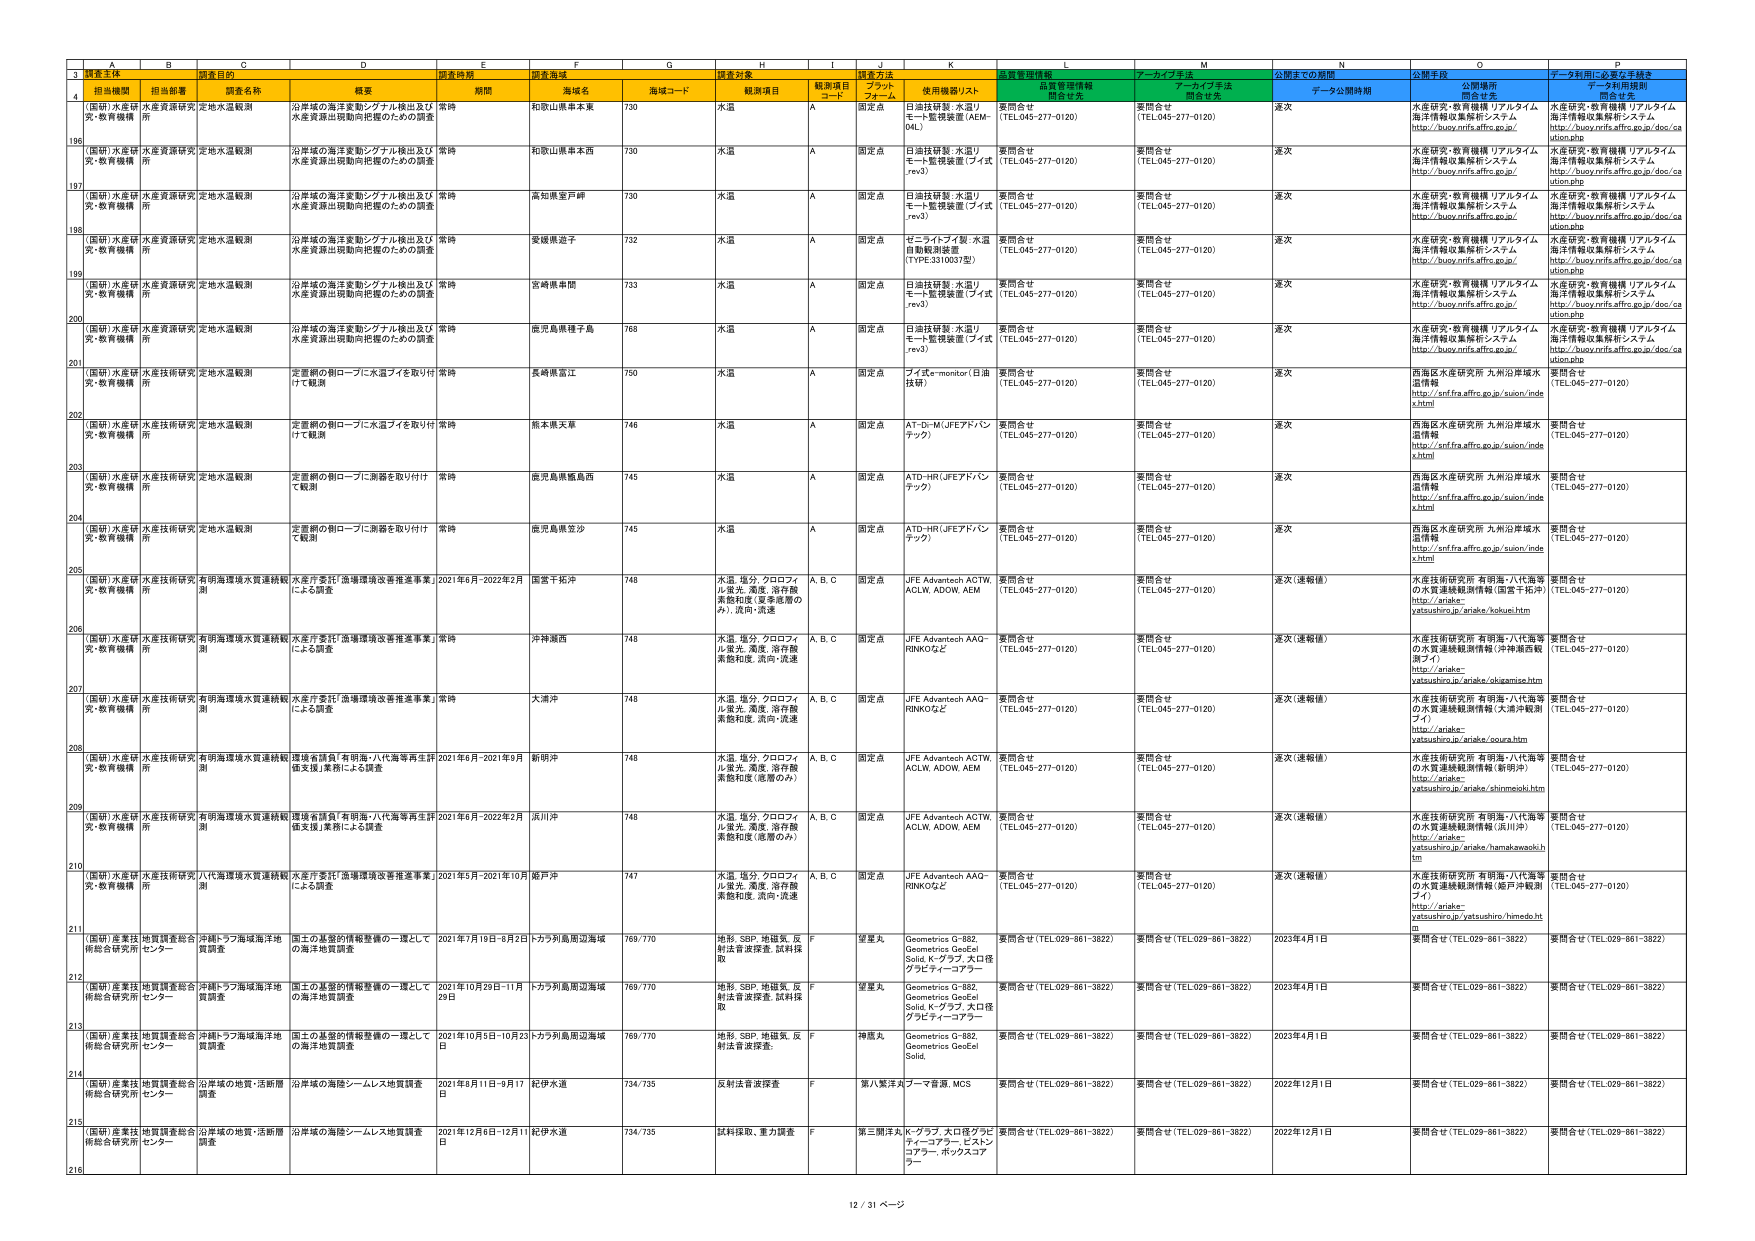
3 調査主体 調査目的 調査時期 調査海域 調査対象 質量管理情報 アーカイブ手法 公開までの期間 公開手段 データ利用に必要な手続き
4 担当機関 担当部署 調査名称 概要 期間 海域名 海域コード 観測項目 観測項目 コード 調査方法 プラット フォーム 使用機器リスト 品質管理情報 関係官庁 アーカイブ手法 関係官庁 データ公開期間 公開場所 関係官庁 データ利用規則 関係官庁
196 （国研）水産研 究・教育機構 水産資源研究 所 定地水温観測 沿岸域の海洋変動シグナル検出及び 水産資源出現動向把握のための調査 常時 和歌山県串本東 730 水温 A 固定点 日油技研製：水温リ モート監視装置（AEM- 04L） 要問合せ （TEL:045-277-0120） 要問合せ （TEL:045-277-0120） 遅次 水産研究・教育機構 リアルタイム 海洋情報収集解析システム http://buoy.rnifs.affrc.go.jp/ 水産研究・教育機構 リアルタイム 海洋情報収集解析システム http://buoy.rnifs.affrc.go.jp/doc/ca ution.php
197 （国研）水産研 究・教育機構 水産資源研究 所 定地水温観測 沿岸域の海洋変動シグナル検出及び 水産資源出現動向把握のための調査 常時 和歌山県串本西 730 水温 A 固定点 日油技研製：水温リ モート監視装置（アイズ.rev3） 要問合せ （TEL:045-277-0120） 要問合せ （TEL:045-277-0120） 遅次 水産研究・教育機構 リアルタイム 海洋情報収集解析システム http://buoy.rnifs.affrc.go.jp/ 水産研究・教育機構 リアルタイム 海洋情報収集解析システム http://buoy.rnifs.affrc.go.jp/doc/ca ution.php
198 （国研）水産研 究・教育機構 水産資源研究 所 定地水温観測 沿岸域の海洋変動シグナル検出及び 水産資源出現動向把握のための調査 常時 高知県室戸岬 730 水温 A 固定点 日油技研製：水温リ モート監視装置（アイズ.rev3） 要問合せ （TEL:045-277-0120） 要問合せ （TEL:045-277-0120） 遅次 水産研究・教育機構 リアルタイム 海洋情報収集解析システム http://buoy.rnifs.affrc.go.jp/ 水産研究・教育機構 リアルタイム 海洋情報収集解析システム http://buoy.rnifs.affrc.go.jp/doc/ca ution.php
199 （国研）水産研 究・教育機構 水産資源研究 所 定地水温観測 沿岸域の海洋変動シグナル検出及び 水産資源出現動向把握のための調査 常時 愛媛県道予 732 水温 A 固定点 セコ・ライブア製：水温 自動観測装置 （TYPE.3310037型） 要問合せ （TEL:045-277-0120） 要問合せ （TEL:045-277-0120） 遅次 水産研究・教育機構 リアルタイム 海洋情報収集解析システム http://buoy.rnifs.affrc.go.jp/ 水産研究・教育機構 リアルタイム 海洋情報収集解析システム http://buoy.rnifs.affrc.go.jp/doc/ca ution.php
200 （国研）水産研 究・教育機構 水産資源研究 所 定地水温観測 沿岸域の海洋変動シグナル検出及び 水産資源出現動向把握のための調査 常時 宮崎県串間 733 水温 A 固定点 日油技研製：水温リ モート監視装置（アイズ.rev3） 要問合せ （TEL:045-277-0120） 要問合せ （TEL:045-277-0120） 遅次 水産研究・教育機構 リアルタイム 海洋情報収集解析システム http://buoy.rnifs.affrc.go.jp/ 水産研究・教育機構 リアルタイム 海洋情報収集解析システム http://buoy.rnifs.affrc.go.jp/doc/ca ution.php
201 （国研）水産研 究・教育機構 水産資源研究 所 定地水温観測 沿岸域の海洋変動シグナル検出及び 水産資源出現動向把握のための調査 常時 鹿児島県種子島 768 水温 A 固定点 日油技研製：水温リ モート監視装置（アイズ.rev3） 要問合せ （TEL:045-277-0120） 要問合せ （TEL:045-277-0120） 遅次 水産研究・教育機構 リアルタイム 海洋情報収集解析システム http://buoy.rnifs.affrc.go.jp/ 水産研究・教育機構 リアルタイム 海洋情報収集解析システム http://buoy.rnifs.affrc.go.jp/doc/ca ution.php
202 （国研）水産研 究・教育機構 水産技術研究 所 定地水温観測 定置網の朝ローブに水温フイを取り付 けて観測 常時 長崎県富江 750 水温 A 固定点 フイ監モニター（日油 技研） 要問合せ （TEL:045-277-0120） 要問合せ （TEL:045-277-0120） 遅次 西海区水産研究所 九州沿岸域水 温情報 http://srf.fra.affrc.go.jp/suion/inde x.html 要問合せ （TEL:045-277-0120）
203 （国研）水産研 究・教育機構 水産技術研究 所 定地水温観測 定置網の朝ローブに水温フイを取り付 けて観測 常時 熊本県天草 746 水温 A 固定点 AT-D-M（JFEアドバン テック） 要問合せ （TEL:045-277-0120） 要問合せ （TEL:045-277-0120） 遅次 西海区水産研究所 九州沿岸域水 温情報 http://srf.fra.affrc.go.jp/suion/inde x.html 要問合せ （TEL:045-277-0120）
204 （国研）水産研 究・教育機構 水産技術研究 所 定地水温観測 定置網の朝ローブに潮跡を取り付け て観測 常時 鹿児島県甑島西 745 水温 A 固定点 ATD-HR（JFEアドバン テック） 要問合せ （TEL:045-277-0120） 要問合せ （TEL:045-277-0120） 遅次 西海区水産研究所 九州沿岸域水 温情報 http://srf.fra.affrc.go.jp/suion/inde x.html 要問合せ （TEL:045-277-0120）
205 （国研）水産研 究・教育機構 水産技術研究 所 定地水温観測 定置網の朝ローブに潮跡を取り付け て観測 常時 鹿児島県立沙 745 水温 A 固定点 ATD-HR（JFEアドバン テック） 要問合せ （TEL:045-277-0120） 要問合せ （TEL:045-277-0120） 遅次 西海区水産研究所 九州沿岸域水 温情報 http://srf.fra.affrc.go.jp/suion/inde x.html 要問合せ （TEL:045-277-0120）
206 （国研）水産研 究・教育機構 水産技術研究 所 有明海環境水質連続観 測 水産庁委託「漁場環境改善推進事業」 による調査 2021年6月-2022年2月 国営干拓沖 748 水温、塩分、クロロファ ル蛍光、濁度、溶存酸 素飽和度（夏季産業の み）、流向・流速 A, B, C 固定点 JFE Advantech ACTW, ACLW, ADOW, AEM 要問合せ （TEL:045-277-0120） 要問合せ （TEL:045-277-0120） 遅次（速報値） 水産技術研究所 有明海・八代海等 の水質連続観測情報（国営干拓沖） http://ariake- yatsushiro.jp/ariake/kokuei.htm 要問合せ （TEL:045-277-0120）
207 （国研）水産研 究・教育機構 水産技術研究 所 有明海環境水質連続観 測 水産庁委託「漁場環境改善推進事業」 による調査 常時 沖神瀬西 748 水温、塩分、クロロファ ル蛍光、濁度、溶存酸 素飽和度、流向・流速 A, B, C 固定点 JFE Advantech AAQ- RINKOなど 要問合せ （TEL:045-277-0120） 要問合せ （TEL:045-277-0120） 遅次（速報値） 水産技術研究所 有明海・八代海等 の水質連続観測情報（沖神瀬西観 測ブイ） http://ariake- yatsushiro.jp/ariake/okigansie.htm 要問合せ （TEL:045-277-0120）
208 （国研）水産研 究・教育機構 水産技術研究 所 有明海環境水質連続観 測 水産庁委託「漁場環境改善推進事業」 による調査 常時 大湊沖 748 水温、塩分、クロロファ ル蛍光、濁度、溶存酸 素飽和度、流向・流速 A, B, C 固定点 JFE Advantech AAQ- RINKOなど 要問合せ （TEL:045-277-0120） 要問合せ （TEL:045-277-0120） 遅次（速報値） 水産技術研究所 有明海・八代海等 の水質連続観測情報（大湊沖観測 ブイ） http://ariake- yatsushiro.jp/ariake/ouura.htm 要問合せ （TEL:045-277-0120）
209 （国研）水産研 究・教育機構 水産技術研究 所 有明海環境水質連続観 測 環境省請負「有明海・八代海等再生計 画支援」業務による調査 2021年6月-2021年9月 新明沖 748 水温、塩分、クロロファ ル蛍光、濁度、溶存酸 素飽和度（産業のみ） A, B, C 固定点 JFE Advantech ACTW, ACLW, ADOW, AEM 要問合せ （TEL:045-277-0120） 要問合せ （TEL:045-277-0120） 遅次（速報値） 水産技術研究所 有明海・八代海等 の水質連続観測情報（新明沖） http://ariake- yatsushiro.jp/ariake/shinmeiobi.htm 要問合せ （TEL:045-277-0120）
210 （国研）水産研 究・教育機構 水産技術研究 所 有明海環境水質連続観 測 環境省請負「有明海・八代海等再生計 画支援」業務による調査 2021年6月-2022年2月 浜川沖 748 水温、塩分、クロロファ ル蛍光、濁度、溶存酸 素飽和度（産業のみ） A, B, C 固定点 JFE Advantech ACTW, ACLW, ADOW, AEM 要問合せ （TEL:045-277-0120） 要問合せ （TEL:045-277-0120） 遅次（速報値） 水産技術研究所 有明海・八代海等 の水質連続観測情報（浜川沖） http://ariake- yatsushiro.jp/ariake/hamakawasohi tm 要問合せ （TEL:045-277-0120）
211 （国研）産業技 術総合研究所 地質調査総合 センター 沖縄トラフ海域海洋地 質調査 国土の基盤的情報整備の一環として の海洋地質調査 2021年7月19日-8月2日 トカラ列島周辺海域 769/770 地形、SSP、地磁気、反 射法音波探査、試料採 取 望星丸 Geometries G-882, Geometries GeoEel Solid, K-グラブ, 大口径 グリセティーコアラー 要問合せ（TEL:029-861-3822） 要問合せ（TEL:029-861-3822） 2023年4月1日 要問合せ（TEL:029-861-3822） 要問合せ（TEL:029-861-3822）
212 （国研）産業技 術総合研究所 地質調査総合 センター 沖縄トラフ海域海洋地 質調査 国土の基盤的情報整備の一環として の海洋地質調査 2021年10月29日-11月 29日 トカラ列島周辺海域 769/770 地形、SSP、地磁気、反 射法音波探査、試料採 取 望星丸 Geometries G-882, Geometries GeoEel Solid, K-グラブ, 大口径 グリセティーコアラー 要問合せ（TEL:029-861-3822） 要問合せ（TEL:029-861-3822） 2023年4月1日 要問合せ（TEL:029-861-3822） 要問合せ（TEL:029-861-3822）
213 （国研）産業技 術総合研究所 地質調査総合 センター 沖縄トラフ海域海洋地 質調査 国土の基盤的情報整備の一環として の海洋地質調査 2021年10月5日-10月23 日 トカラ列島周辺海域 769/770 地形、SSP、地磁気、反 射法音波探査、 裸底丸 Geometries G-882, Geometries GeoEel Solid, 要問合せ（TEL:029-861-3822） 要問合せ（TEL:029-861-3822） 2023年4月1日 要問合せ（TEL:029-861-3822） 要問合せ（TEL:029-861-3822）
214 （国研）産業技 術総合研究所 地質調査総合 センター 沿岸域の地質・活断層 調査 沿岸域の海陸ソーレムス地質調査 2021年8月11日-9月17 日 紀伊水道 734/735 反射法音波探査 F 第八繁洋丸 フーマ音源、MCS 要問合せ（TEL:029-861-3822） 要問合せ（TEL:029-861-3822） 2022年12月1日 要問合せ（TEL:029-861-3822） 要問合せ（TEL:029-861-3822）
215 （国研）産業技 術総合研究所 地質調査総合 センター 沿岸域の地質・活断層 調査 沿岸域の海陸ソーレムス地質調査 2021年12月6日-12月11 日 紀伊水道 734/735 試料採取、重力調査 F 第三関洋丸 ホークグラブ、大口径グリセ ティーコアラー、ピストン コアラー、ボックスコア ラー 要問合せ（TEL:029-861-3822） 要問合せ（TEL:029-861-3822） 2022年12月1日 要問合せ（TEL:029-861-3822） 要問合せ（TEL:029-861-3822）
216 12 / 31 ページ